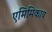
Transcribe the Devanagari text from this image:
एमिमिकाय